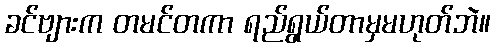
ခင်ဗျားက တမင်တကာ ရည်ရွယ်တာမှမဟုတ်ဘဲ။